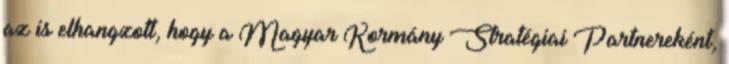
az is elhangzott, hogy a Magyar Kormány Stratégiai Partnereként,